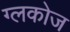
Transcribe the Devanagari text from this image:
ग्लकोज